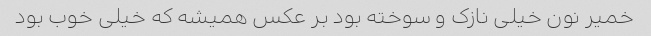
خمیر نون خیلی نازک و سوخته بود بر عکس همیشه که خیلی خوب بود